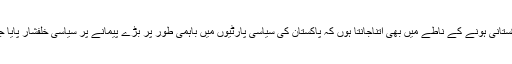
ایک پاکستانی ہونے کے ناطے میں بھی اتناجانتا ہوں کہ پاکستان کی سیاسی پارٹیوں میں باہمی طور پر بڑے پیمانے پر سیاسی خلفشار پایا جاتا ہے۔